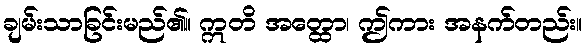
ချမ်းသာခြင်းမည်၏။ ဣတိ အတ္ထော၊ ဤကား အနက်တည်း။